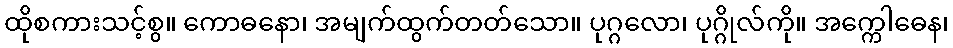
ထိုစကားသင့်စွ။ ကောဓနော၊ အမျက်ထွက်တတ်သော။ ပုဂ္ဂလော၊ ပုဂ္ဂိုလ်ကို။ အက္ကေါဓေန၊